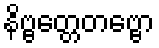
နိဗ္ဗတ္တေတဗ္ဗော